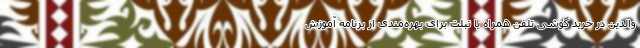
والدین در خرید گوشی تلفن همراه یا تبلت برای بهره‌مندی از برنامه آموزش